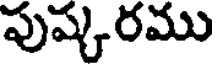
పుష్కరము